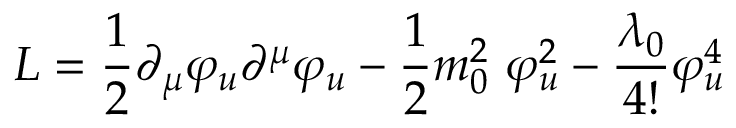
{ \cal L } = \frac { 1 } { 2 } \partial _ { \mu } \varphi _ { u } \partial ^ { \mu } \varphi _ { u } - \frac { 1 } { 2 } m _ { 0 } ^ { 2 } ~ \varphi _ { u } ^ { 2 } - \frac { \lambda _ { 0 } } { 4 ! } \varphi _ { u } ^ { 4 } \,